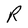
Character: R